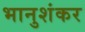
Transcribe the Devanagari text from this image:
भानुशंकर